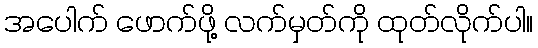
အပေါက် ဖောက်ဖို့ လက်မှတ်ကို ထုတ်လိုက်ပါ။